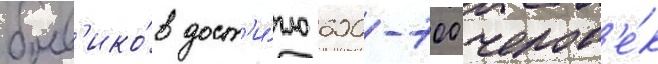
боев'ико́в дост'и́гло 600-700 челов'е́к